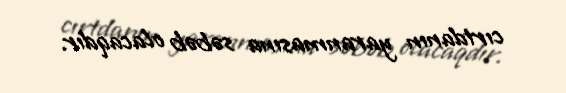
cırtdanın yaranmasına səbəb olacaqdır.